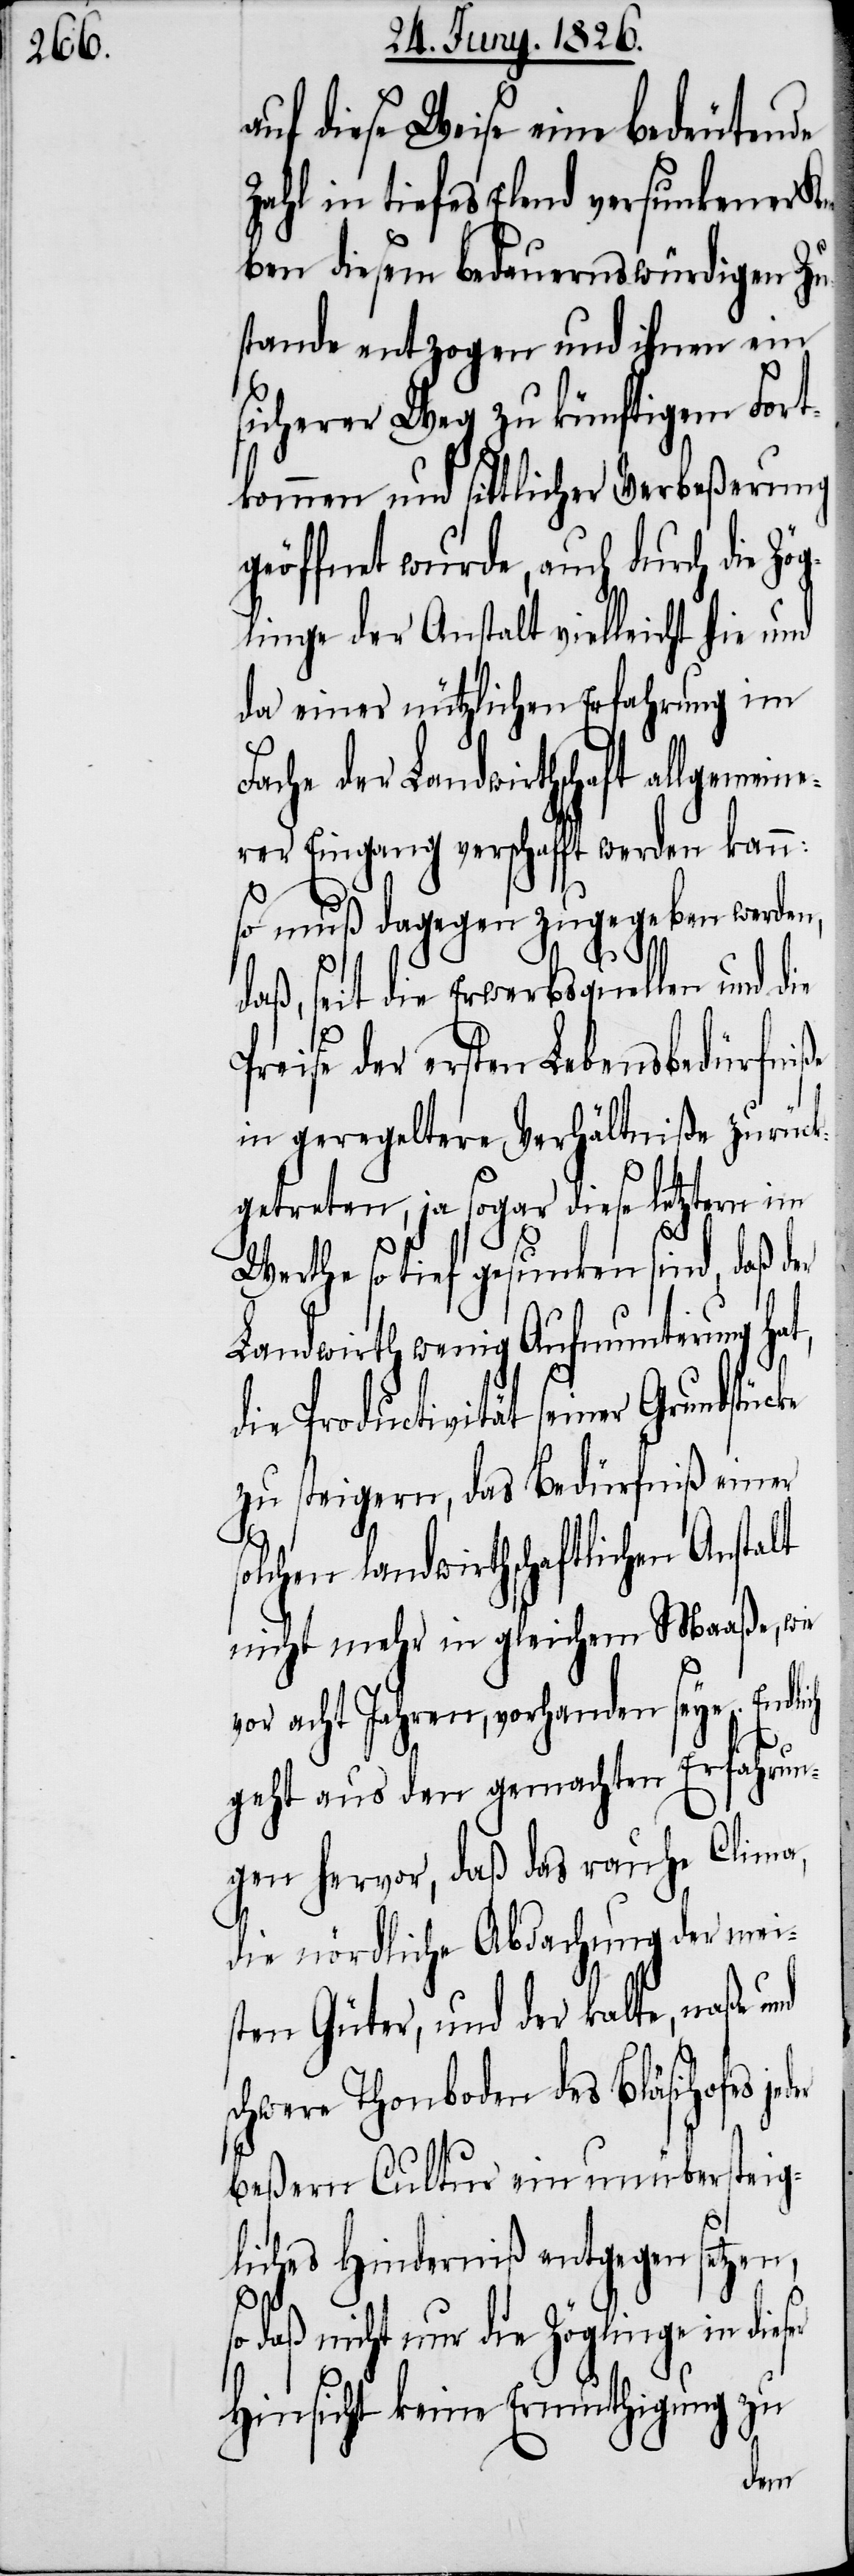
auf diese Weise eine bedeutende
Zahl in tiefes Elend versunkener Kn¬
aben diesem bedauernswürdigen Zu¬
stande entzogen und ihnen ein
sicherer Weg zu künftigem Fort¬
kommen und sittlicher Verbeßerung
geöffnet wurde, auch durch die Zö¬
glinge der Anstalt vielleicht hie und
da einer nützlichen Erfahrung im
Fache der Landwirthschaft allgemei¬
ner Eingang verschafft werden kann:
so muß dagegen zugegeben werden,
daß, seit die Erwerbsquellen und die
Preise der ersten Lebensbedürfniße
in geregeltere Verhältniße zurück¬
getreten, ja sogar diese letztern im
Werthe so tief gesunken sind, daß der
Landwirth wenig Aufmunterung hat,
die Productivität seiner Grund¬
zu steigern, das Bedürfniß einer
solchen landwirthschaftlichen Anstalt
nicht mehr in gleichem Maaße, wie
vor acht Jahren, vorhanden seye. Endl¬
geht aus den gemacht Erfahrun¬
gen hervor, daß das rauhe Clima,
die nördliche Abdachung der mei¬
sten Güter, und der kalte, naße
schwere Thonboden des Bläsihofes je¬
beßern Cultur ein unübersteig¬
liches Hinderniß entgegen setzen,
ich
so daß nicht nur die Zöglinge in dieser
Hinsicht keine Ermuthigung zu
der